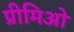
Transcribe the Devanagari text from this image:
प्रीमिओ